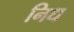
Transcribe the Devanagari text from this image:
निध